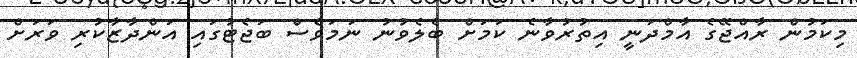
މިކަމުން ރާއްޖޭގެ އާމްދަނީ އިތުރުވާނެ ކަމަށް ބެލެވުނު ނަމަވެސް ބަޖެޓުގައި އަންދާޒާކުރި ވަރަށް